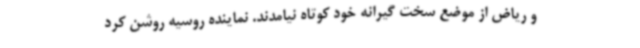
و ریاض از موضع سخت گیرانه خود کوتاه نیامدند. نماینده روسیه روشن کرد